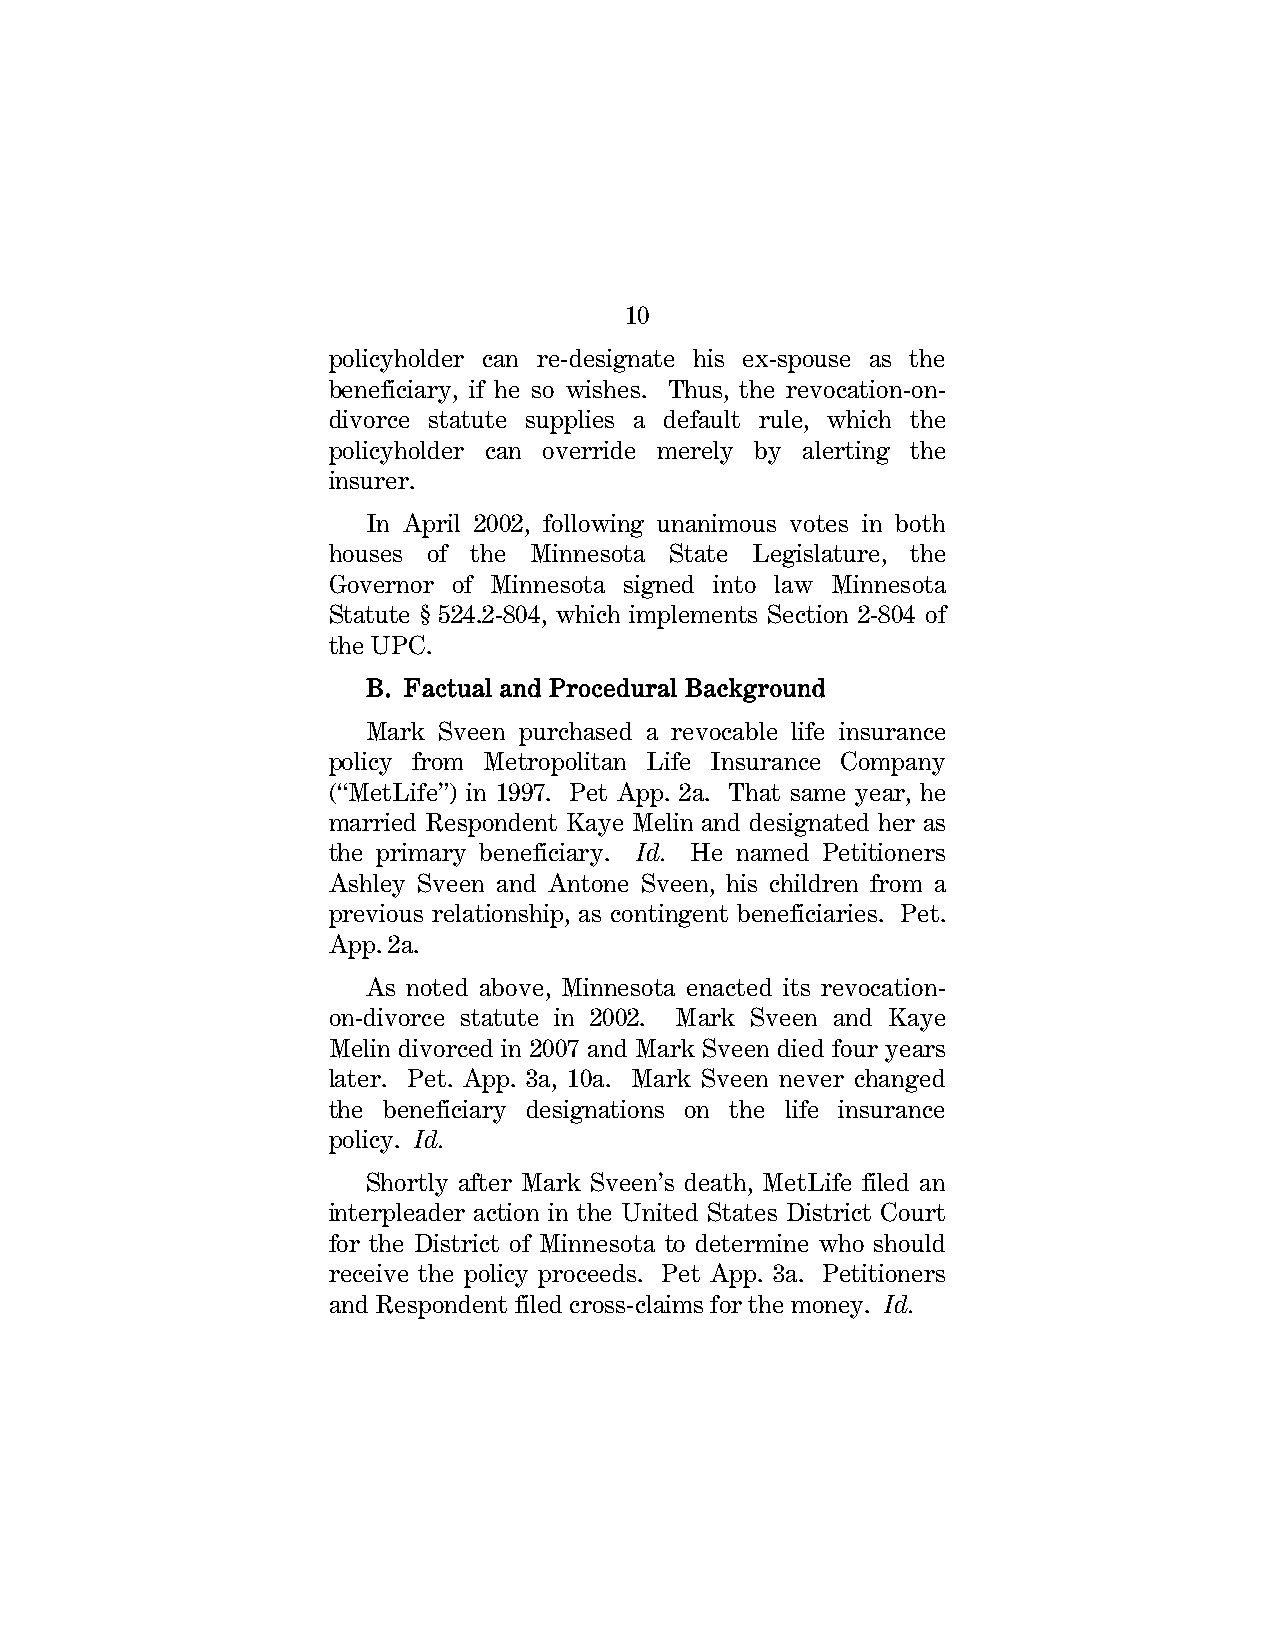
10
 policyholder can re-designate his ex-spouse as the
 beneficiary, if he so wishes. Thus, the revocation-on-
 divorce statute supplies a default rule, which the
 policyholder can override merely by alerting the
 insurer.
 In April 2002, following unanimous votes in both
 houses of the Minnesota State Legislature, the
 Governor of Minnesota signed into law Minnesota
 Statute § 524.2-804, which implements Section 2-804 of
 the UPC.
 B. Factual and Procedural Background
 Mark Sveen purchased a revocable life insurance
 policy from Metropolitan Life Insurance Company
 (“MetLife”) in 1997. Pet App. 2a. That same year, he
 married Respondent Kaye Melin and designated her as
 the primary beneficiary. Id. He named Petitioners
 Ashley Sveen and Antone Sveen, his children from a
 previous relationship, as contingent beneficiaries. Pet.
 App. 2a.
 As noted above, Minnesota enacted its revocation-
 on-divorce statute in 2002. Mark Sveen and Kaye
 Melin divorced in 2007 and Mark Sveen died four years
 later. Pet. App. 3a, 10a. Mark Sveen never changed
 the beneficiary designations on the life insurance
 policy. Id.
 Shortly after Mark Sveen’s death, MetLife filed an
 interpleader action in the United States District Court
 for the District of Minnesota to determine who should
 receive the policy proceeds. Pet App. 3a. Petitioners
 and Respondent filed cross-claims for the money. Id.